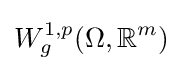
W_{g}^{1,p}(\Omega ,\mathbb {R} ^{m})